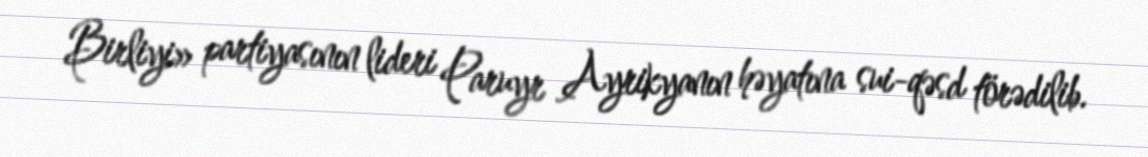
Birliyi» partiyasının lideri Paruyr Ayrikyanın həyatına sui-qəsd törədilib.